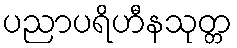
ပညာပရိဟီနသုတ္တ